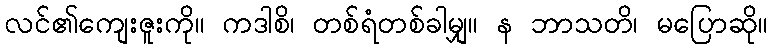
လင်၏ကျေးဇူးကို။ ကဒါစိ၊ တစ်ရံတစ်ခါမျှ။ န ဘာသတိ၊ မပြောဆို။